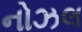
નોઝલ